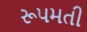
રૂપમતી